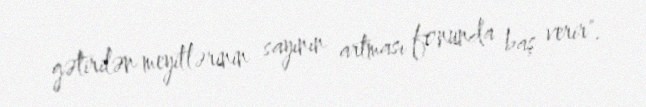
gətirilən meyitlərinin sayının artması fonunda baş verir".